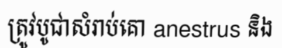
ត្រូវបូជាសំរាប់គោ anestrus និង